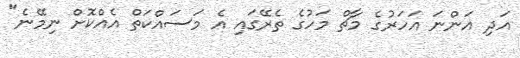
އަދި އަންނަ އަހަރުގެ މާޗް މަހުގެ ތެރޭގައި އެ މަސައްކަތް އެއްކޮށް ނިމޭނެ"